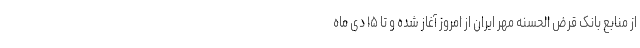
از منابع بانک قرض الحسنه مهر ایران از امروز آغاز شده و تا ۱۵ دی ماه